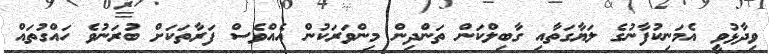
ވިދާޅުވީ އެމަނިކުފާނުގެ ލަޔާގަތާއި ގާބިލްކަން ތަންދިން މިންވަރަކުން އެއްވެސް ފަރާތަކަށް ބުރަނުވެ ހައްގުތައް